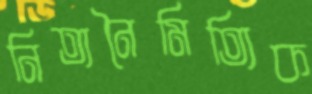
নিত্যনৈমিত্যিক